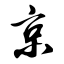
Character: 京